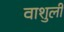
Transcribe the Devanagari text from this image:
वाशुली